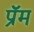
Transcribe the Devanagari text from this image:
प्रॅम